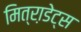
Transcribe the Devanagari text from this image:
मित्रा़डेट्स